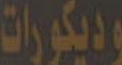
وديكورات